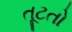
તૂટતો